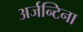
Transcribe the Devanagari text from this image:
अर्जन्टिना